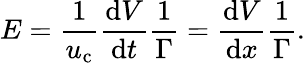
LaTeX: E=\frac{1}{u_{\mathrm{c}}}\frac{\textrm{d}V}{\textrm{d}t}\frac{1}{\Gamma}=\frac{\textrm{d}V}{\textrm{d}x}\frac{1}{\Gamma}.